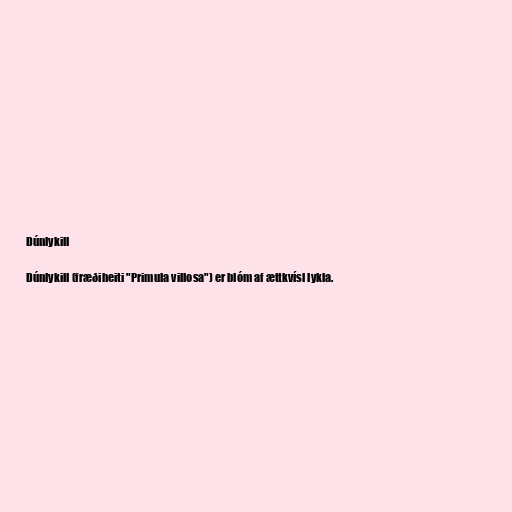
Dúnlykill

Dúnlykill (fræðiheiti "Primula villosa") er blóm af ættkvísl lykla.